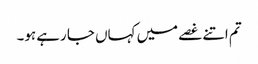
تم اتنے غصے میں کہاں جا رہے ہو۔